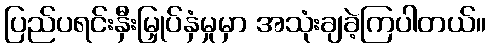
ပြည်ပရင်းနှီးမြှုပ်နှံမှုမှာ အသုံးချခဲ့ကြပါတယ်။